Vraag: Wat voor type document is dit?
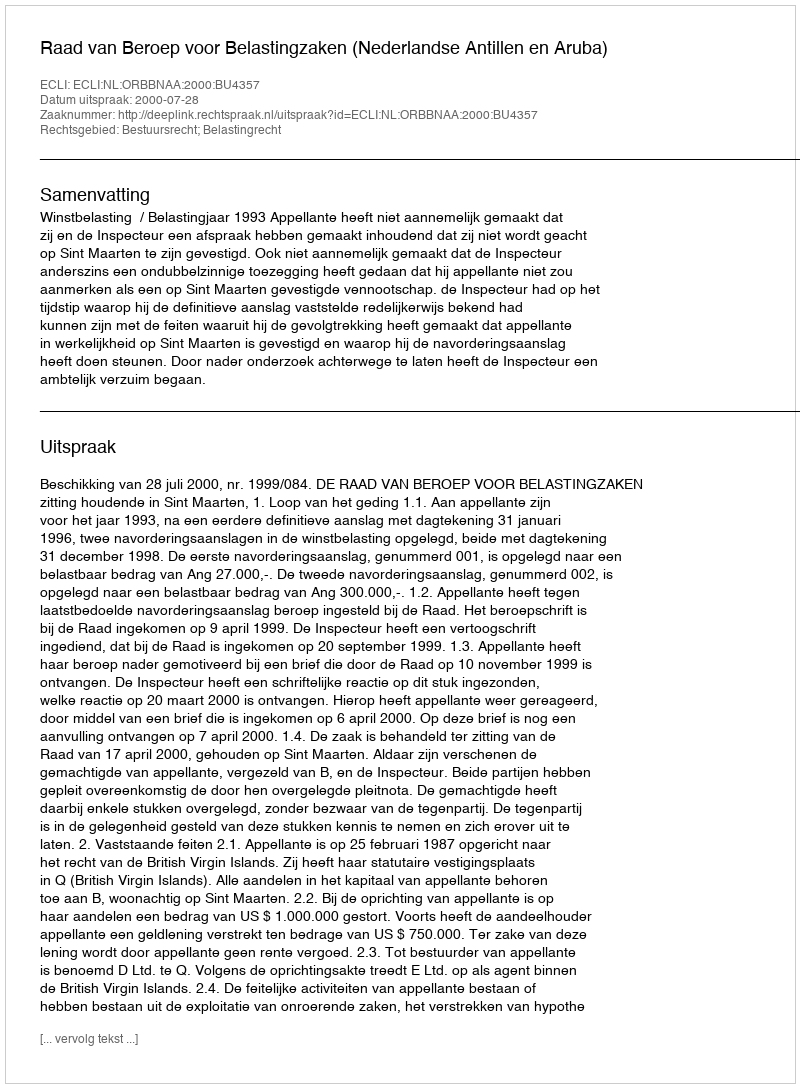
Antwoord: Uitspraak